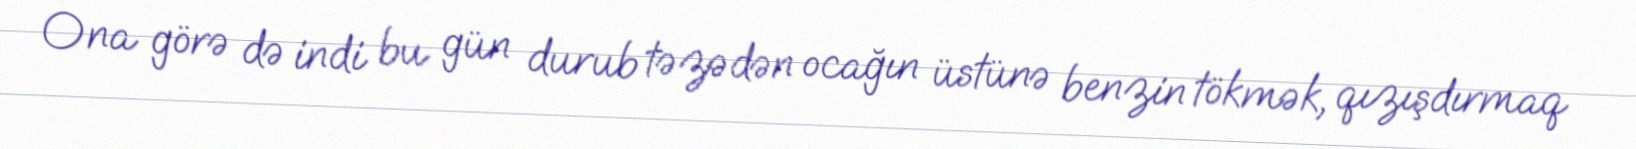
Ona görə də indi bu gün durub təzədən ocağın üstünə benzin tökmək, qızışdırmaq